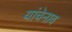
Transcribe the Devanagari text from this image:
यांचेनाव